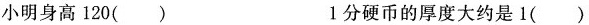
小明身高120() 1分硬币的厚度大约是1()